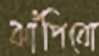
ঝাঁপিবো